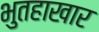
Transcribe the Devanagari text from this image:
भुतहाखार